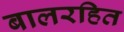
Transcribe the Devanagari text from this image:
बालरहित